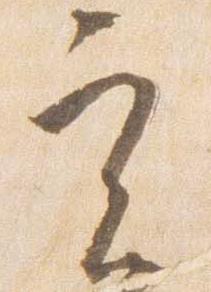
実